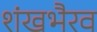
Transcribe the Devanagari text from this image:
शंखभैरव